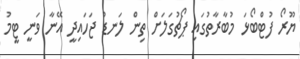
ޔޫރޯ ފުޓްބޯޅަ މުބާރާތުގައި ޕޯޗުގަލަށް ތިން ލަނޑު ޖަހައިދީ އޭނާ ވަނީ ޓީމު